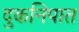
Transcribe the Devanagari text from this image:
दुकनिपात